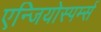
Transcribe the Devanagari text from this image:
एन्जियोस्पर्म्स